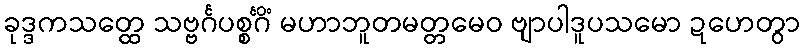
ခုဒ္ဒကသတ္ထေ သဗ္ဗင်္ဂပစ္စင်္ဂိံ မဟာဘူတမတ္တမေဝ ဗျာပါဒူပသမော ဍဟေတွာ